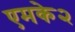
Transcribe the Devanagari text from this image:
एमके२